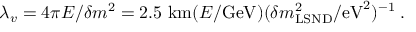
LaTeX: \lambda _ { v } = 4 \pi E / \delta m ^ { 2 } = 2 . 5 \mathrm { ~ k m } ( E / \mathrm { G e V } ) ( \delta m _ { \mathrm { L S N D } } ^ { 2 } / \mathrm { e V } ^ { 2 } ) ^ { - 1 } \; .